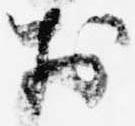
於